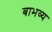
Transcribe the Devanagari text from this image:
बाभव्य